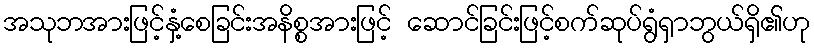
အသုဘအားဖြင့်နှံ့စေခြင်းအနိစ္စအားဖြင့် ဆောင်ခြင်းဖြင့်စက်ဆုပ်ရွံရှာဘွယ်ရှိ၏ဟု